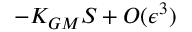
- K _ { G M } { \cal S } + { \cal O } ( \epsilon ^ { 3 } )